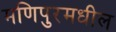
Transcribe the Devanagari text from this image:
मणिपुरमधील